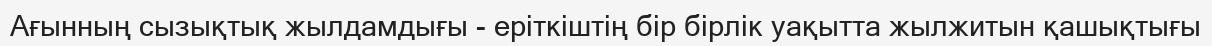
Ағынның сызықтық жылдамдығы - еріткіштің бір бірлік уақытта жылжитын қашықтығы